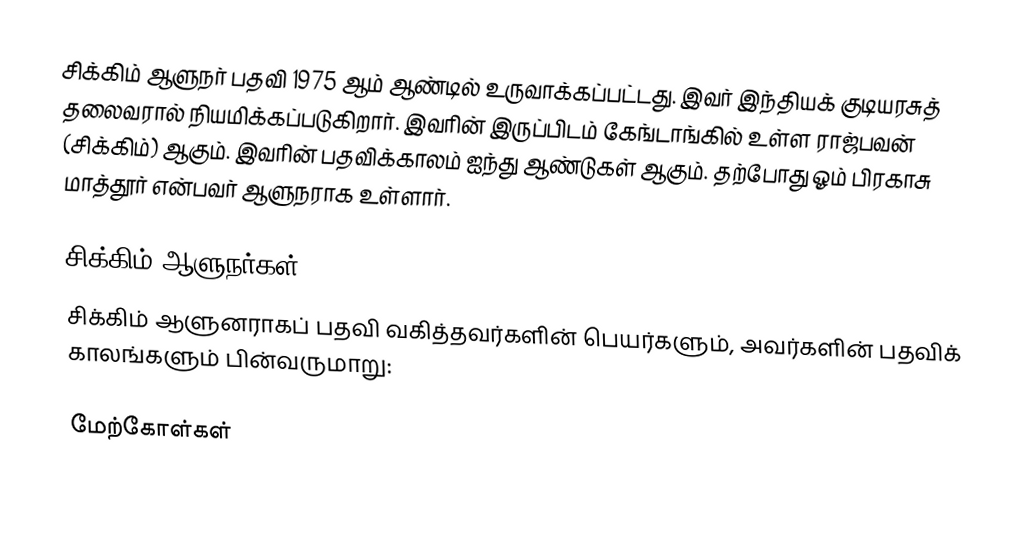
சிக்கிம் ஆளுநர் பதவி 1975 ஆம் ஆண்டில் உருவாக்கப்பட்டது. இவர் இந்தியக் குடியரசுத் தலைவரால் நியமிக்கப்படுகிறார். இவரின் இருப்பிடம் கேங்டாங்கில் உள்ள ராஜ்பவன் (சிக்கிம்) ஆகும். இவரின் பதவிக்காலம் ஐந்து ஆண்டுகள் ஆகும். தற்போது ஓம் பிரகாசு மாத்தூர் என்பவர் ஆளுநராக உள்ளார்.

சிக்கிம் ஆளுநர்கள்
சிக்கிம் ஆளுனராகப் பதவி வகித்தவர்களின் பெயர்களும், அவர்களின் பதவிக் காலங்களும் பின்வருமாறு:

மேற்கோள்கள்